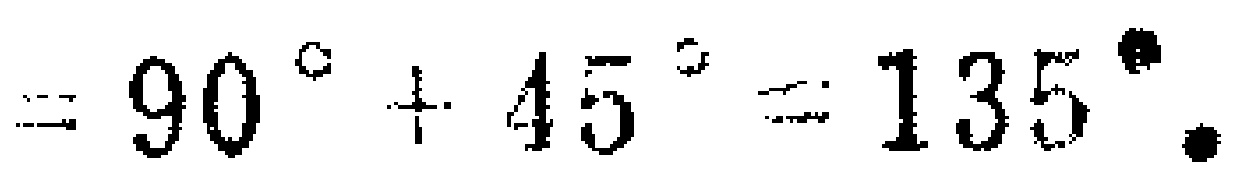
$=90^{\circ}+45^{\circ}=135^{\circ}.$